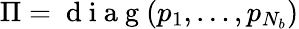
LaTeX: \Pi=\mathrm{~d~i~a~g~}(p_{1},\ldots,p_{N_{b}})